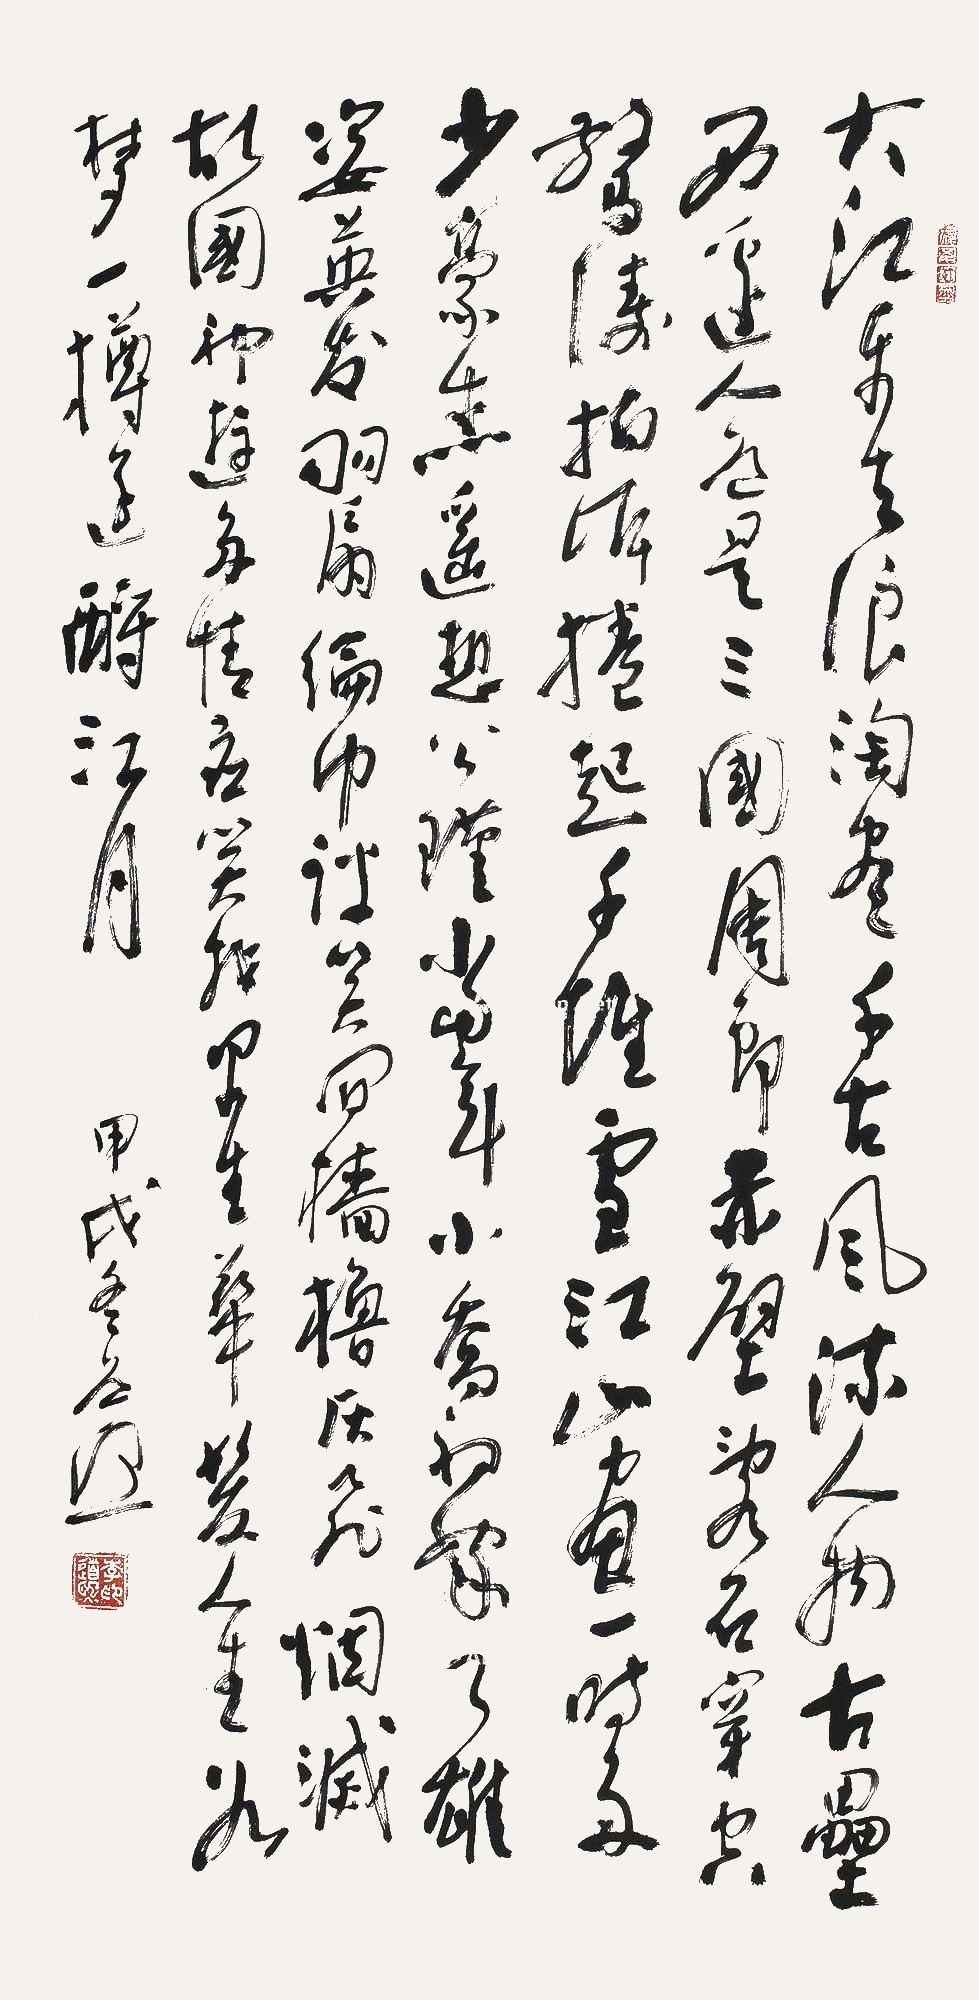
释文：大江东去，浪淘尽，千古风流人物。故垒西边，人道是，三国周郎赤壁。乱石穿空，惊涛拍岸，卷起千堆雪。江山如画，一时多少豪杰。遥想公瑾当年，小乔初嫁了，雄姿英发。羽扇纶巾，谈笑间，樯橹灰飞烟灭。故国神游，多情应笑我，早生华发。人生如梦，一尊还酹江月。甲戌冬，道熙。